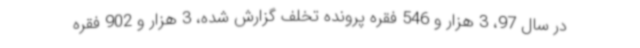
در سال 97، 3 هزار و 546 فقره پرونده تخلف گزارش شده، 3 هزار و 902 فقره